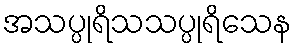
အသပ္ပုရိသသပ္ပုရိသေန